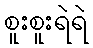
စူးစူးရဲရဲ